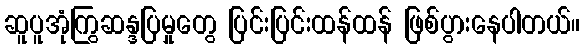
ဆူပူအုံကြွဆန္ဒပြမှုတွေ ပြင်းပြင်းထန်ထန် ဖြစ်ပွားနေပါတယ်။